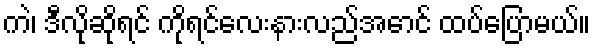
ကဲ၊ ဒီလိုဆိုရင် ကိုရင်လေးနားလည်အောင် ထပ်ပြောမယ်။